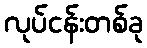
လုပ်ငန်းတစ်ခု